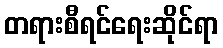
တရားစီရင်ရေးဆိုင်ရာ